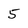
Character: 5